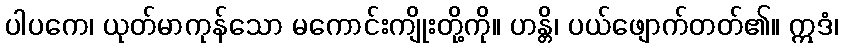
ပါပကေ၊ ယုတ်မာကုန်သော မကောင်းကျိုးတို့ကို။ ဟန္တိ၊ ပယ်ဖျောက်တတ်၏။ ဣဒံ၊